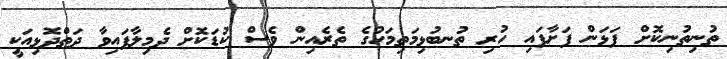
ތުނިތުނިކޮށް ފަޅަން ފަށާފައި ހުރި ތުނބުޅިމަތިމަހުގެ ތެރެއިން ވެސް ކުޑަކޮށް ދެމިލާފައިވާ ދަތްދޮޅިއަކީ